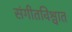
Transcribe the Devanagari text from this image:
संगीतविश्वात